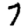
Digit: 7